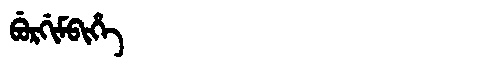
Manchu: ᠪᡠᡵᡤᡳᠮᠪᡳᡥᡝ
Romanization: BURGIMBIHE